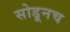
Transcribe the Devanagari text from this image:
सोडूनच